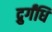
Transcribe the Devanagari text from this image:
द्रुर्गंधि